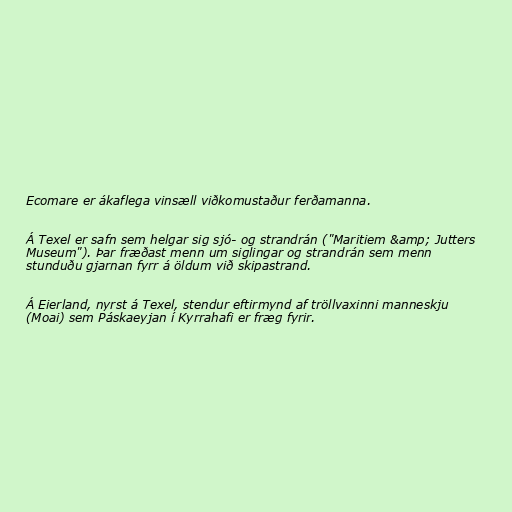
Ecomare er ákaflega vinsæll viðkomustaður ferðamanna.

Á Texel er safn sem helgar sig sjó- og strandrán ("Maritiem &amp; Jutters
Museum"). Þar fræðast menn um siglingar og strandrán sem menn
stunduðu gjarnan fyrr á öldum við skipastrand.

Á Eierland, nyrst á Texel, stendur eftirmynd af tröllvaxinni manneskju
(Moai) sem Páskaeyjan í Kyrrahafi er fræg fyrir.